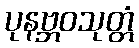
ပုနဗ္ဘဝသုတ္တံ